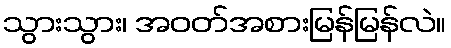
သွားသွား၊ အဝတ်အစားမြန်မြန်လဲ။